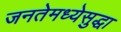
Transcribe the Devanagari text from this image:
जनतेमध्येसुद्धा